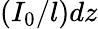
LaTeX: \left(I_{0}/l\right)dz